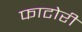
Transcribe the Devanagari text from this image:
फाटोरी